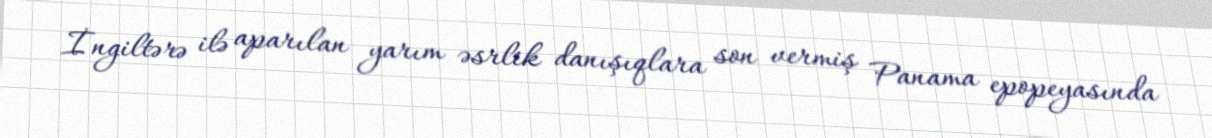
İngiltərə ilə aparılan yarım əsrlik danışıqlara son vermiş Panama epopeyasında